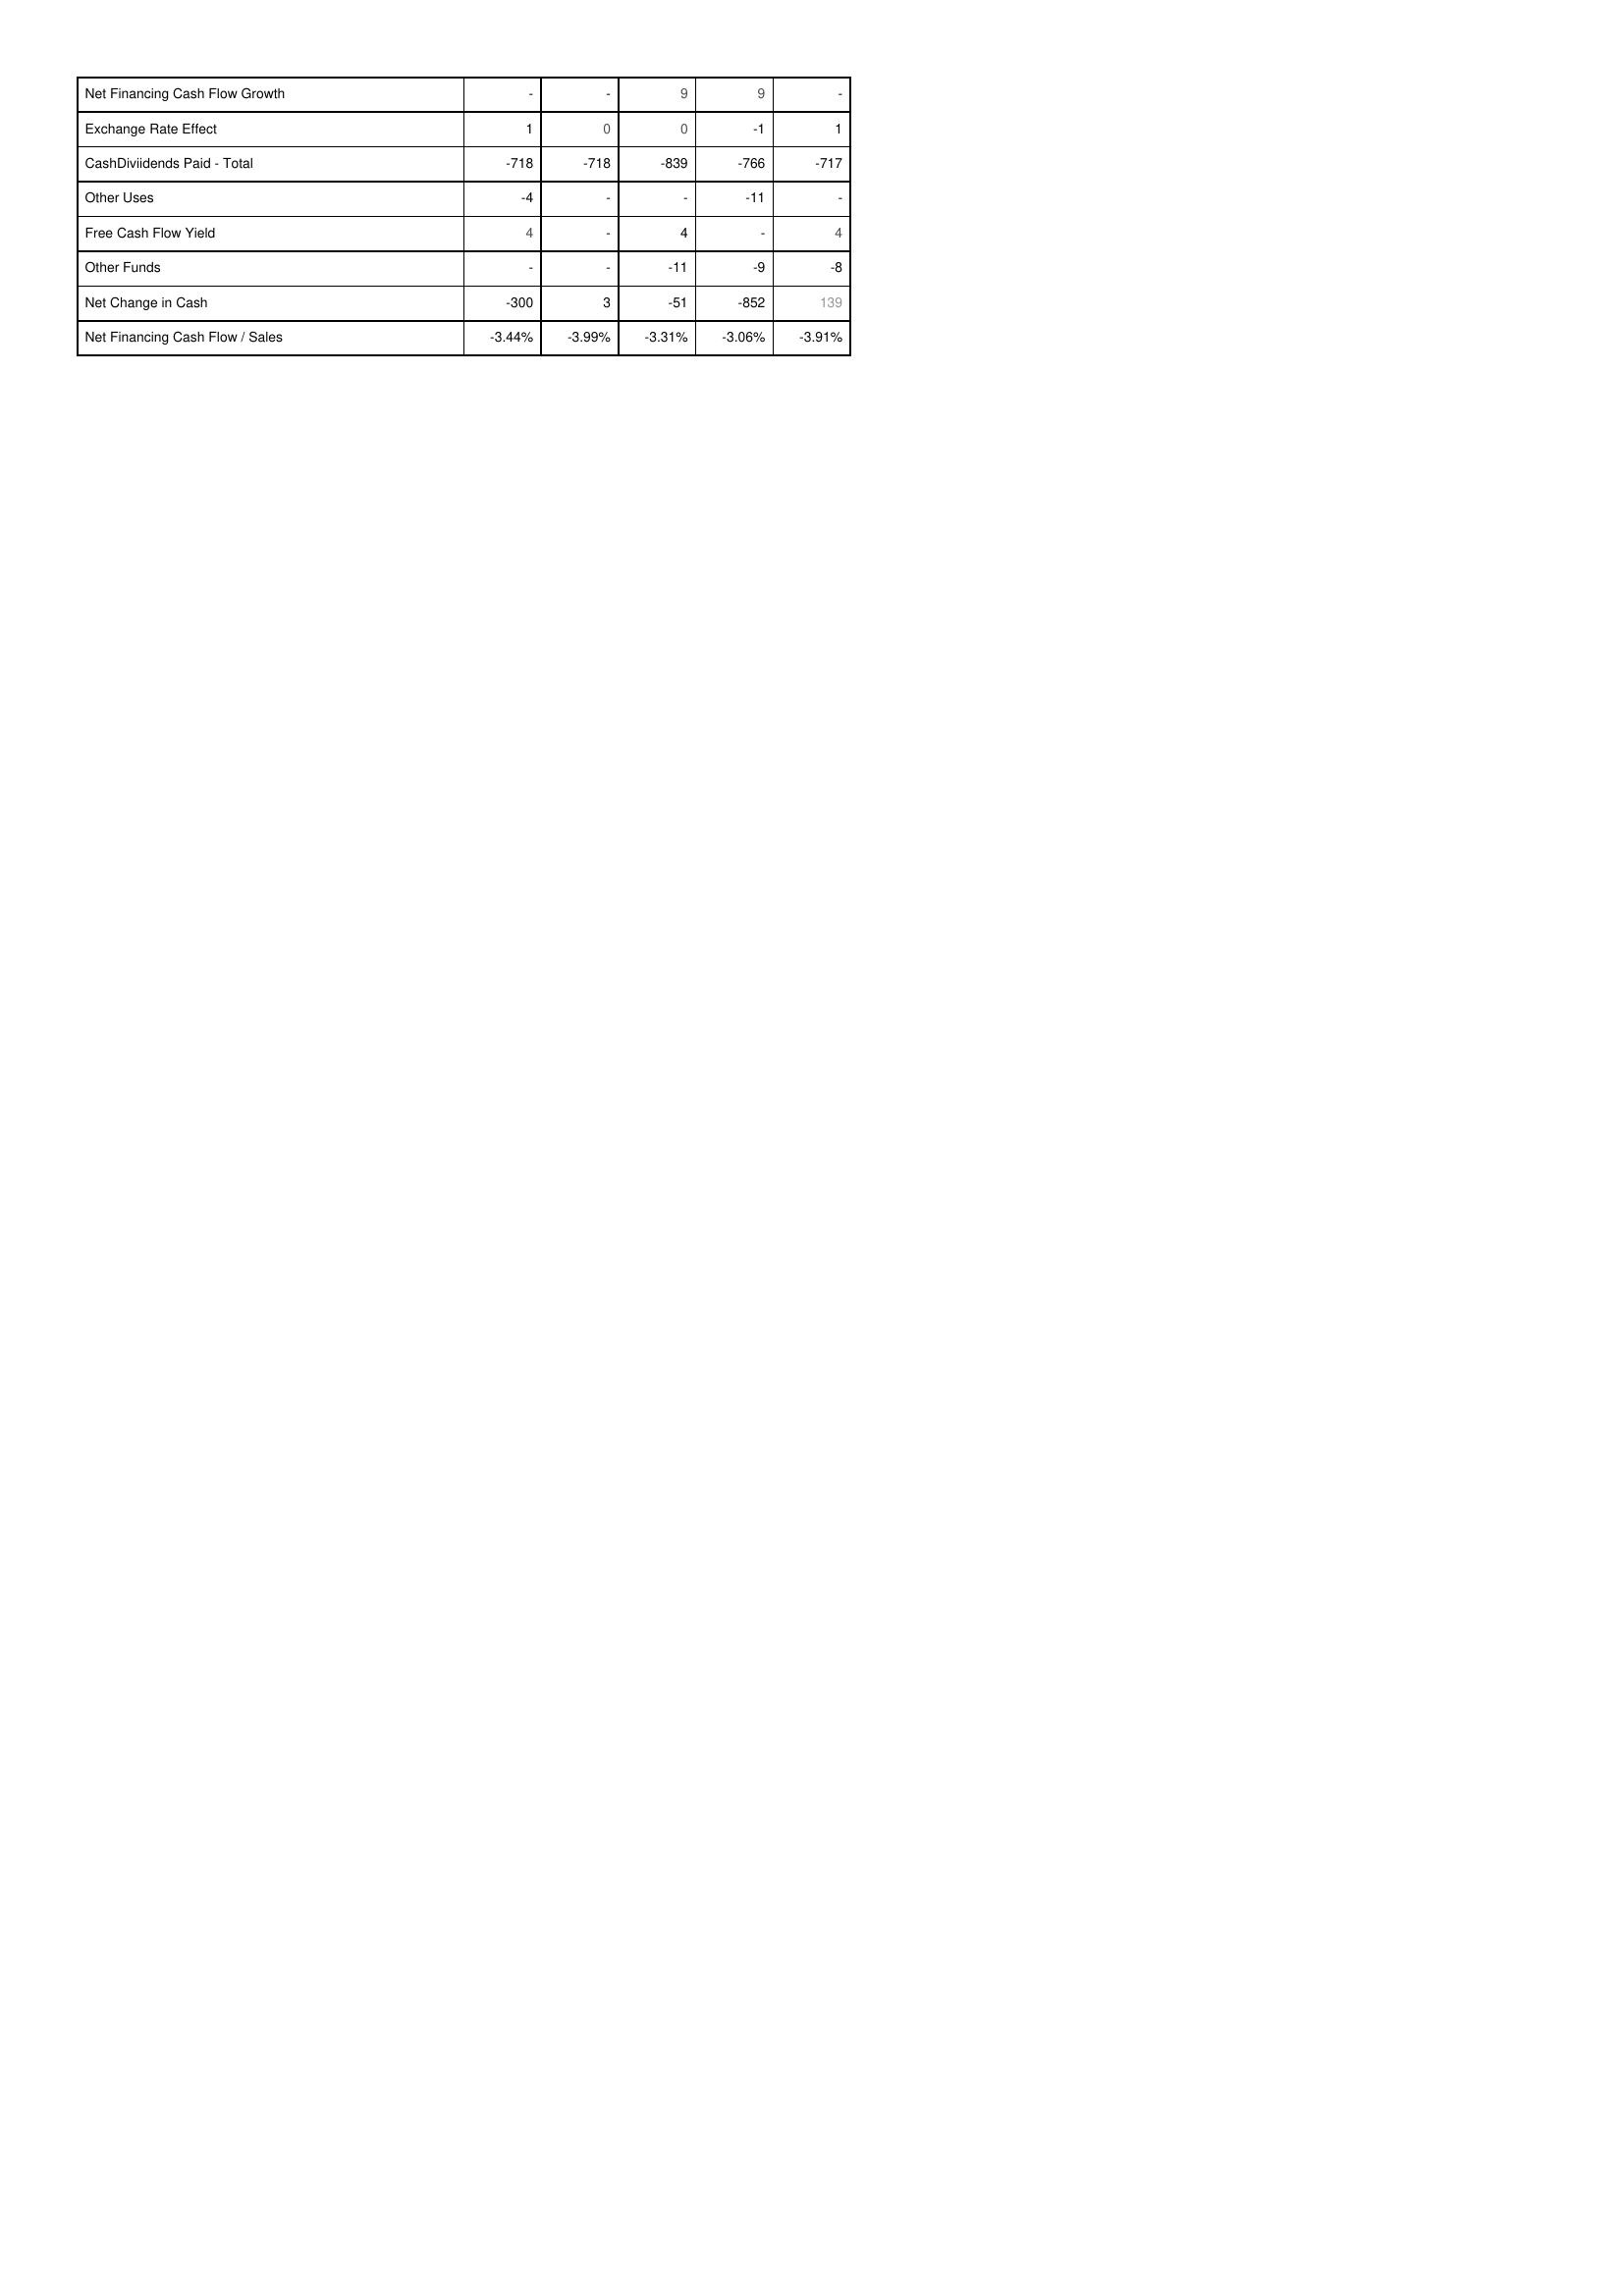
2004: Financing Activities: Net Financing Cash Flow Growth: -
Exchange Rate Effect: 1
CashDiviidends Paid - Total: -718
Other Uses: -4
Free Cash Flow Yield: 4
Other Funds: -
Net Change in Cash: -300
Net Financing Cash Flow / Sales: -3.44%
2003: Financing Activities: Net Financing Cash Flow Growth: -
Exchange Rate Effect: 0
CashDiviidends Paid - Total: -718
Other Uses: -
Free Cash Flow Yield: -
Other Funds: -
Net Change in Cash: 3
Net Financing Cash Flow / Sales: -3.99%
2002: Financing Activities: Net Financing Cash Flow Growth: 9
Exchange Rate Effect: 0
CashDiviidends Paid - Total: -839
Other Uses: -
Free Cash Flow Yield: 4
Other Funds: -11
Net Change in Cash: -51
Net Financing Cash Flow / Sales: -3.31%
2001: Financing Activities: Net Financing Cash Flow Growth: 9
Exchange Rate Effect: -1
CashDiviidends Paid - Total: -766
Other Uses: -11
Free Cash Flow Yield: -
Other Funds: -9
Net Change in Cash: -852
Net Financing Cash Flow / Sales: -3.06%
2000: Financing Activities: Net Financing Cash Flow Growth: -
Exchange Rate Effect: 1
CashDiviidends Paid - Total: -717
Other Uses: -
Free Cash Flow Yield: 4
Other Funds: -8
Net Change in Cash: 139
Net Financing Cash Flow / Sales: -3.91%